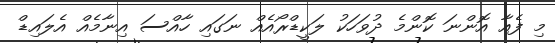
މި ފެއާ އޮންނަ ކޮންމެ ދުވަހަކު ލަކީޑްރޯއެއް ނަގައި ހާއްސަ އިނާމެއް އެލައިޑް